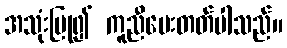
အသုံးပြု၍ ကူညီပေးတတ်ပါသည်။